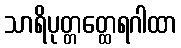
သာရိပုတ္တတ္ထေရဂါထာ